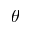
\theta